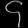
Digit: ၄